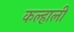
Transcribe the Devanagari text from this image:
कल्हाली